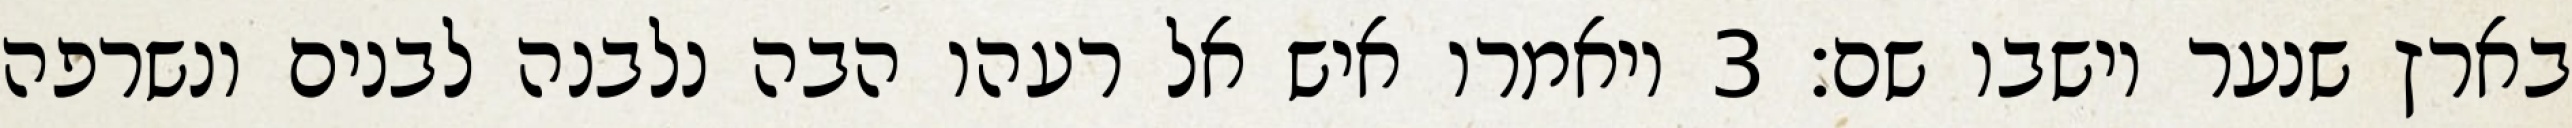
בארץ שנער וישבו שם׃ ‎3‏ ויאמרו איש אל רעהו הבה נלבנה לבנים ונשרפה